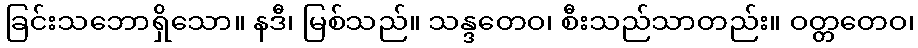
ခြင်းသဘောရှိသော။ နဒီ၊ မြစ်သည်။ သန္ဒတေဝ၊ စီးသည်သာတည်း။ ဝတ္တတေဝ၊